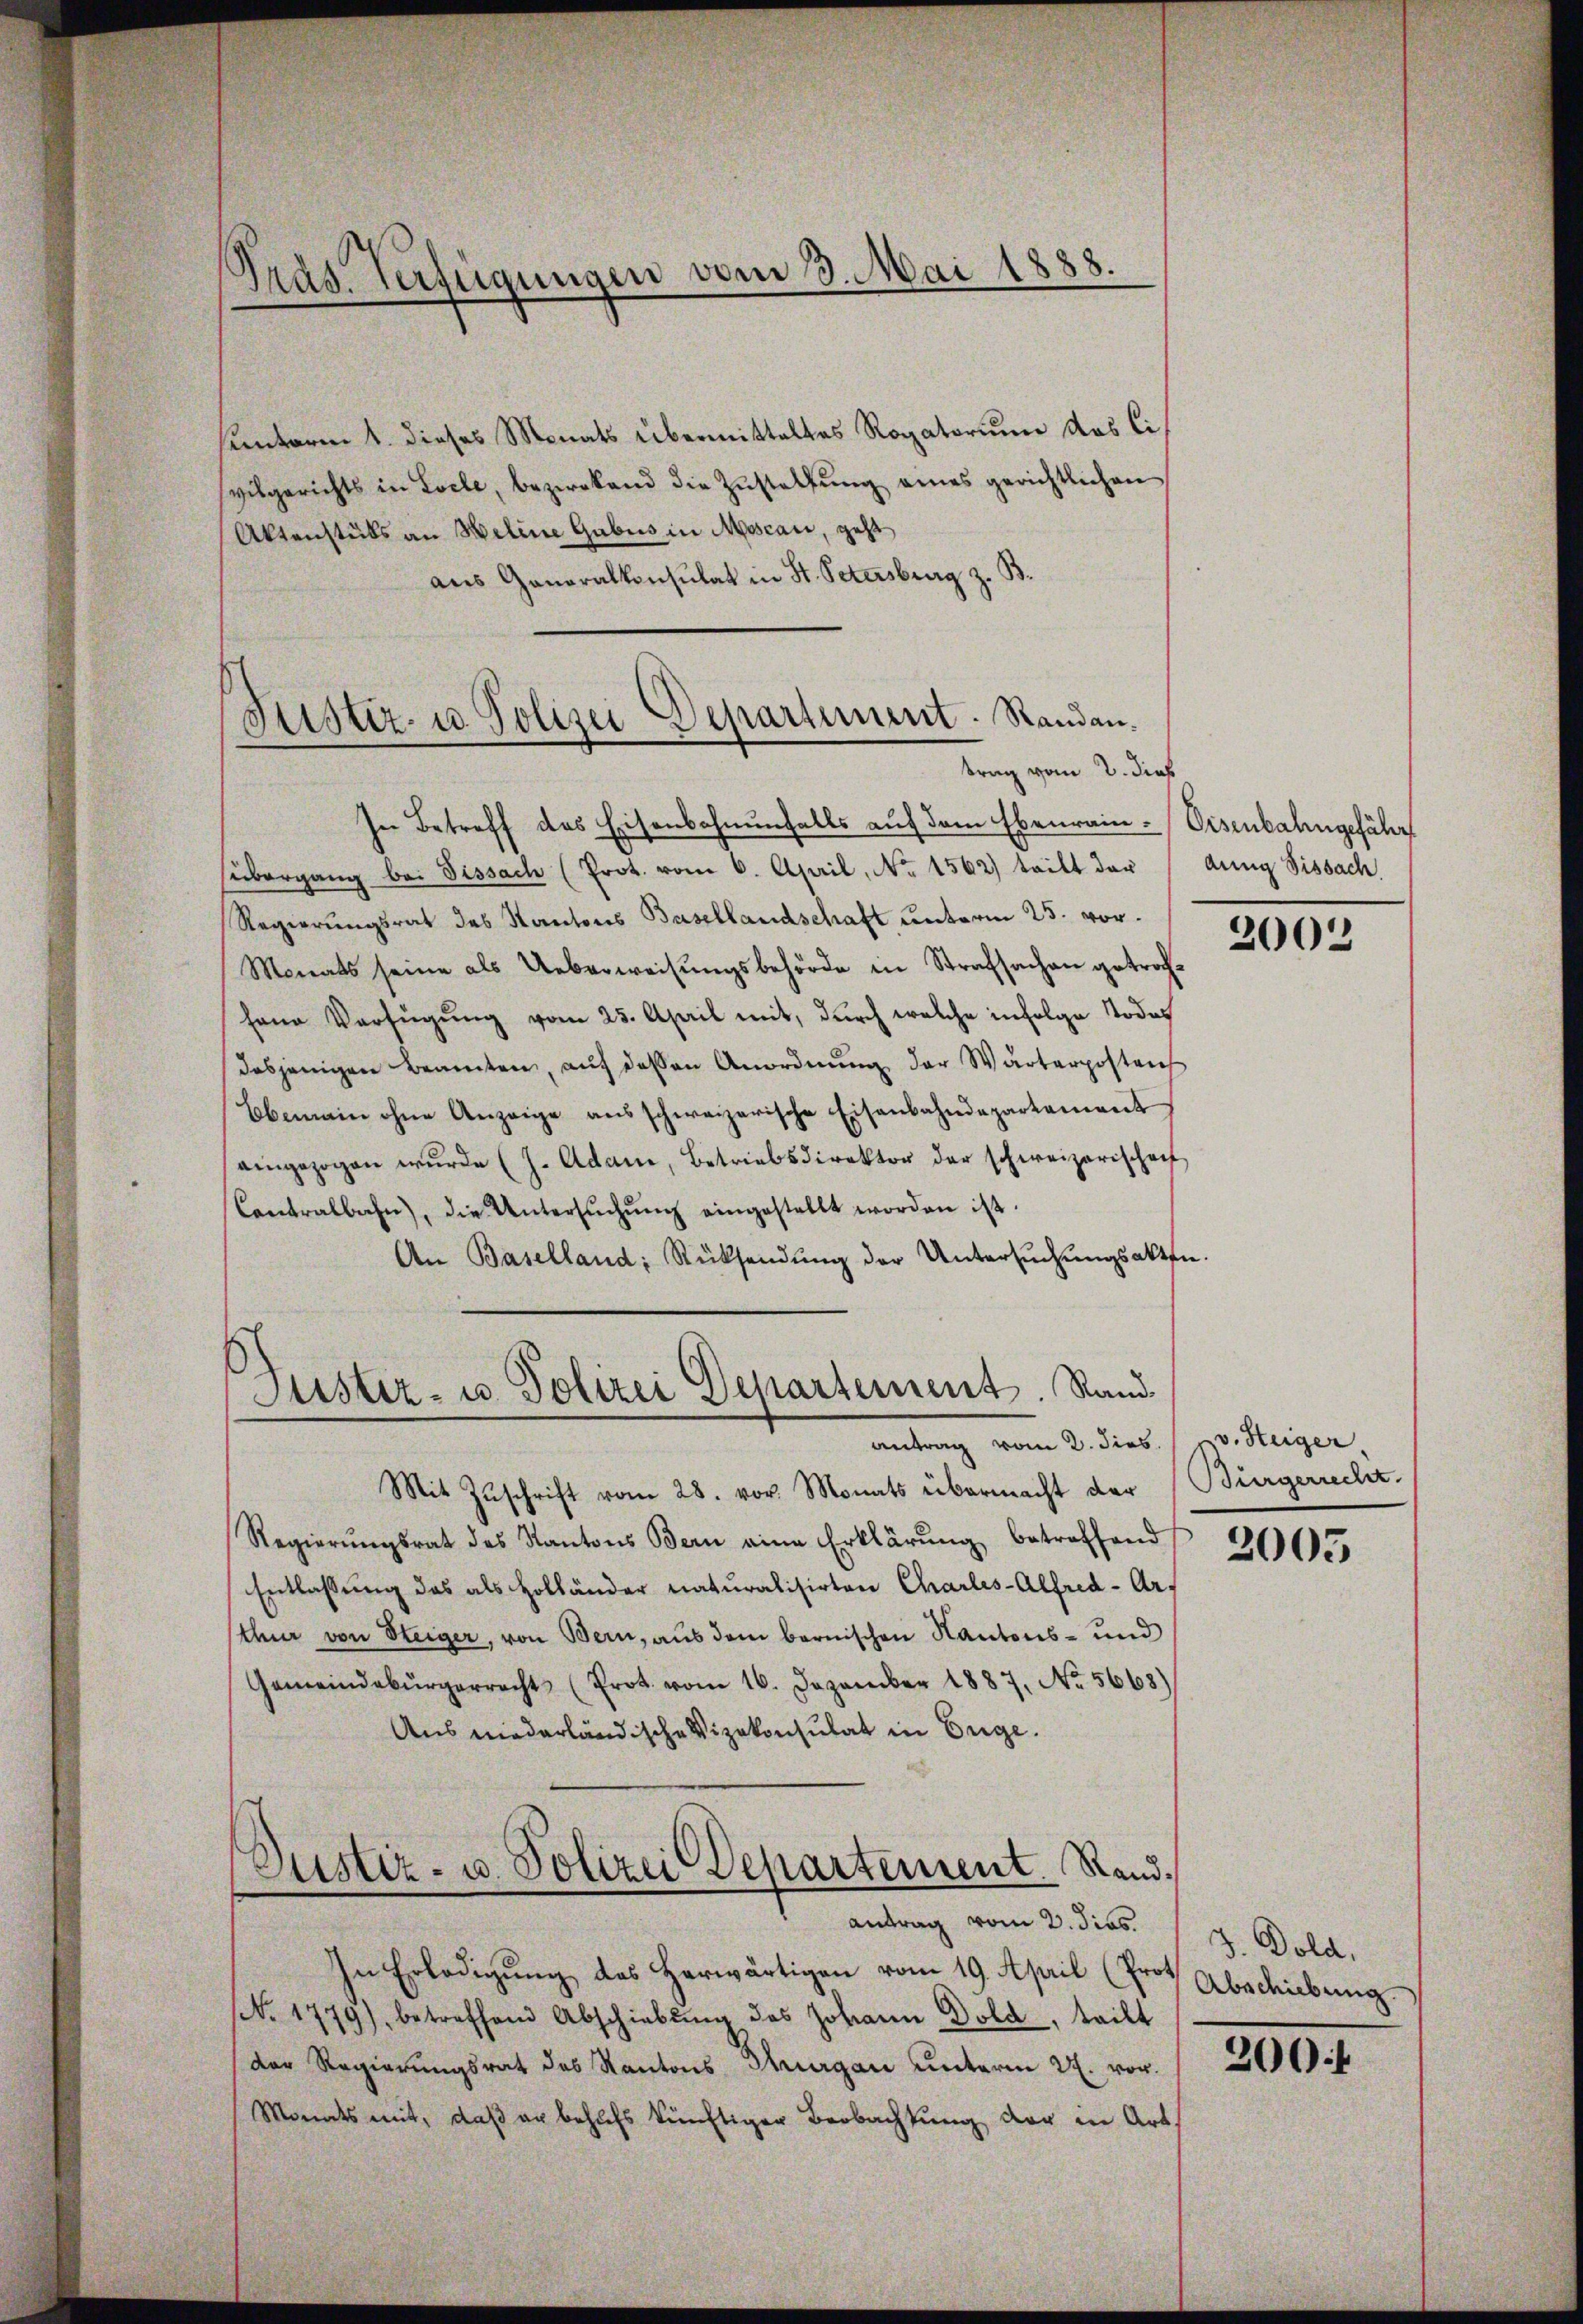
Tras. Verfügungen vom 3. Mai 1888.

Justiz- u. Polizei Departement. Randantrag vom 2. dieß

hunterm 1. dieses Monats übermitteltes Rogatorium das Civilgerichts in Loche, bezirkend die Zŭstellŭng eines gerichtlichen
Aktenstubs an Heline Gubus in Moscani, geht
aus Ganoralkonsulat in St. Petersburg z. B.
In Betreff des Eisenbahnunfalls auf dem Ebenrain-Eisenbahngefähr
sübergang bei Bissach (Prot. vom 6. April, No 1562) teilt der (dung Sissach
Regierungsrat des Kantons Basellandschaft unterm 25. vor¬
Monats seine als Ueberweisŭngsbehörde in Strafsachen getrachhene Verfügung vom 25. April mit, durch welche infolge Todes
dasjenigen Beamten, aŭf dessen Anordnŭng der Wärterposten
Ebemain ohne Anzeige ausschweizerische Eisenbahndepartement
eingezogen wŭrde (s. Adam, Betriebsdirektor der schweizerischeif
Contralbahn, die Untersŭchŭng eingestellt worden ist.
An Baselland, Rücksendŭng der Untersŭchŭngsakten.
Justiz- u. Polizei Departement. Randantrag vom 2. dies. v. Steiger
Mit Zŭschrift vom 28. vor. Monats übermacht der (Bürgerrecht.
Regierŭngsrat des Kantons Bern eine Erklärŭng betreffend
Entlassung das als Holländer naturalisirten Charles-Alfred-Arsthur von Steiger, von Bern, aus dem bernischen Kantons- und
Gemeindebürgerrecht (Prot. vom 16. Dezember 1887, No. 5668)
Aus niederländische Vizekonsulat in Enge.

Justiz- u. Polizei Departement. Rand.
antrag vom 2. dies

In Erledigung des herwärtigen vom 19. April (Prof. Abschiebung
(b. 1779), betreffend Abschiebŭng des Johann Dold, teilt
der Regierungsrat des Kantons Thurgau unterm 2. von
Monats mit, daß er behufs künftiger Beobachtung der in Art.

2002

2005

J. Dold,

200f